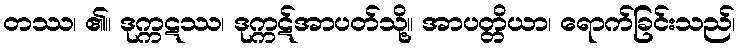
တဿ၊ ၏။ ဒုက္ကဋဿ၊ ဒုက္ကဋ်အာပတ်သို့။ အာပတ္တိယာ၊ ရောက်ခြင်းသည်၊